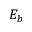
E _ { b }